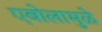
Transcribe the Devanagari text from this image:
एबोलामुळे